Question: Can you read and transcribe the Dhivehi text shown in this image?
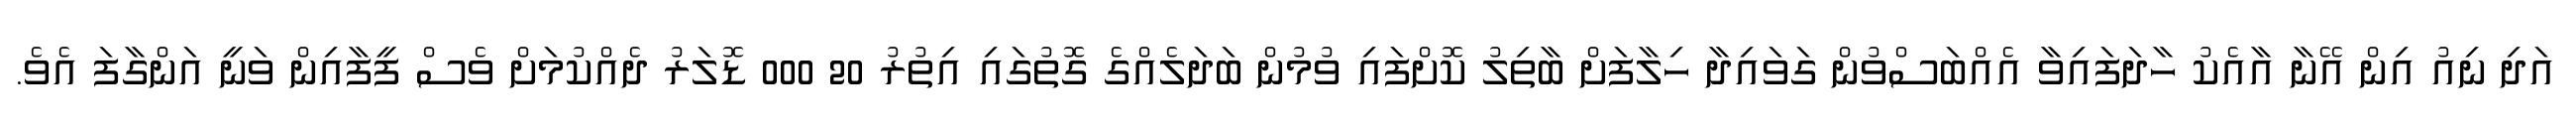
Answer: އަދި ނިއު އިން އޭނާ އާއެކު ހާދަފައިވާ އެއްބަސްވުން ގަވައިދާ ހިލާފަށް ބާތިލު ކޮށްފައި ވުމުން ބަދަލެއްގެ ގޮތުގައި އިތުރު 20 000 ޑޮލަރު ދެއްކުމަށް ވެސް ފީފާއިން ވަނީ އަންގާފަ އެވެ.